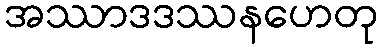
အဿာဒဒဿနဟေတု